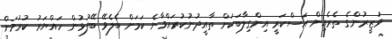
ވަޒީރުންގެ ތެރެއިން އަސްކަރީ އިންގިލާބަކަށް ތާއީދުނުކުރައްވާނެ ކަމަށް ބެލެވޭ ބޭފުޅުން ހައްޔަރު ކުރުމަށް